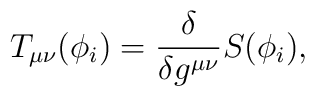
T_{\mu\nu} (\phi_i) = \frac{\delta}{\delta g^{\mu\nu}}S(\phi_i),